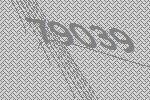
79039